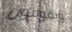
ويقومون